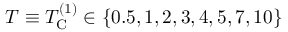
T \equiv T _ { \mathrm { C } } ^ { ( 1 ) } \in \{ 0 . 5 , 1 , 2 , 3 , 4 , 5 , 7 , 1 0 \}